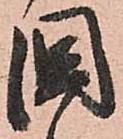
國